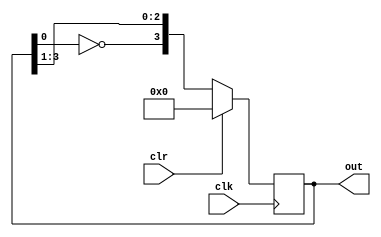
module jhonson_counter(
    input clk,
    input clr,
    output reg [3:0] out
);

always@(posedge clk) begin
    if(clr) begin
        out <=4'b0000;
    end else begin
        out <={~out[0], out[3:1]};
    end 
end 

endmodule